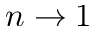
n \rightarrow 1